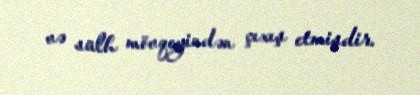
və sülh mövqeyindən çıxış etmişdir.